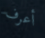
أعرف